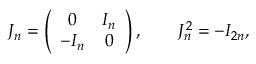
J _ { n } = \left( \begin{array} { c c } { { 0 } } & { { I _ { n } } } \\ { { - I _ { n } } } & { { 0 } } \end{array} \right) , \qquad J _ { n } ^ { 2 } = - I _ { 2 n } ,